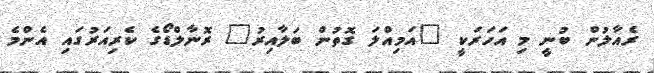
ރެއާލުން ބުނީ މި އަހަރަކީ "އަމިއްލަ ގޮތުން ބަލާއިރު" ރޮނާލްޑޯގެ ކެރިއަރުގައި އެންމެ